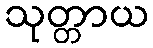
သုတ္တာယ